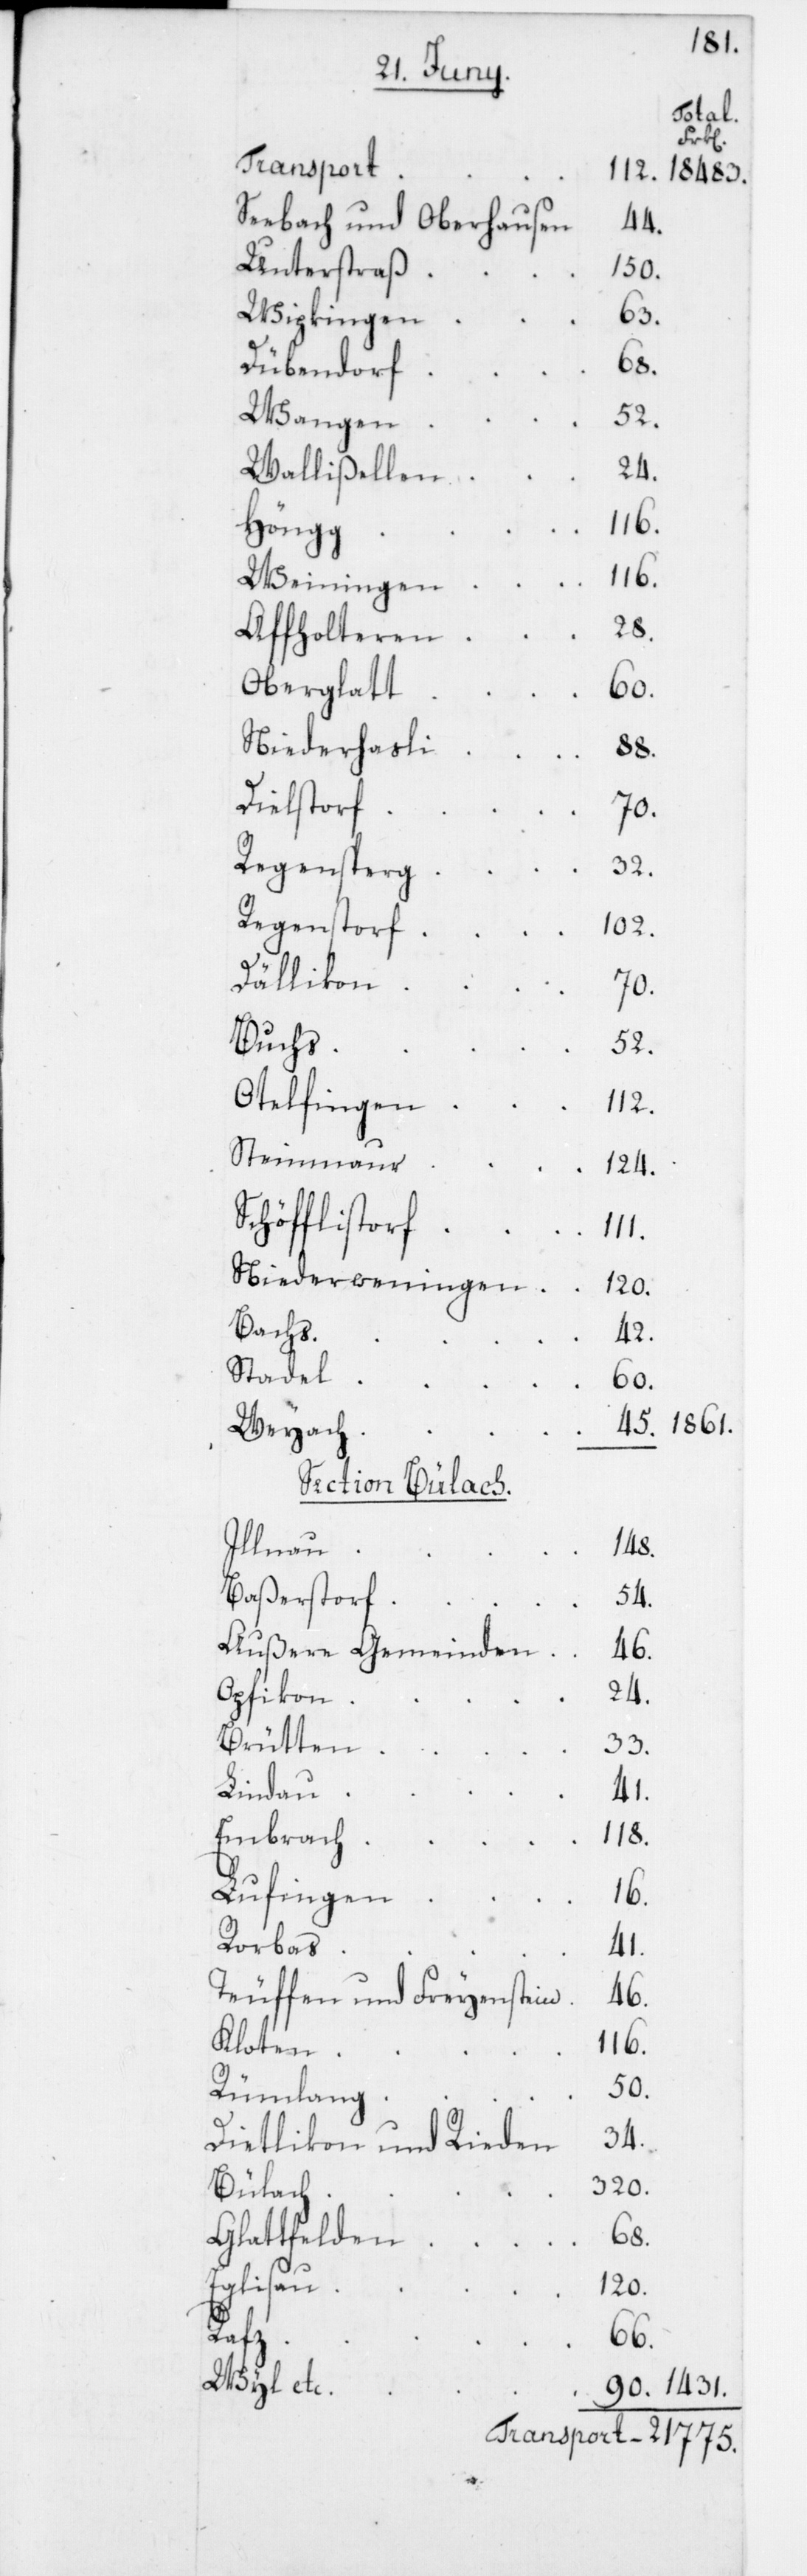
1861.
Transport
Seebach und Oberhausen
44.
Unterstraß
150.
Wipkingen
63.
Dübendorf
Wangen
24.
Wallißellen
Höngg
Weiningen
28.
Affholteren
Oberglatt
60.
Niederhasli
Dielstorf
70.
Regensperg
32.
Regenstorf
102.
Dällikon
Buchs
52.
Otelfingen
112.
Steinmaur
1431.
124.
Niederweningen
Bachs
42.
Stadel
60.
Weyach
SectionBülach.
Illnau
148.
Baßerstorf
54.
Außere Gemeinden
46.
Opfikon
Brütten
33.
Lindau
41.
Embrach
118.
Lufingen
16.
Rorbas
41.
Teuffen und Freyenstein
46.
Kloten
116.
50.
Rümlang
34.
Dietlikon und Rieden
320.
Bülach
Glattfelden
90.
120.
Rafz
66.
Wyl etc.